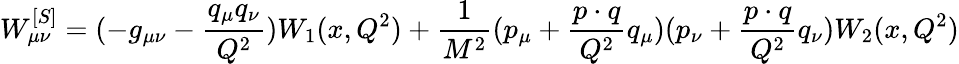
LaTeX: W_{\mu\nu}^{[S]}=(-g_{\mu\nu}-{\frac{q_{\mu}q_{\nu}}{Q^{2}}})W_{1}(x,Q^{2})+\frac{1}{M^{2}}(p_{\mu}+{\frac{p\cdot q}{Q^{2}}}q_{\mu})(p_{\nu}+{\frac{p\cdot q}{Q^{2}}}q_{\nu})W_{2}(x,Q^{2})